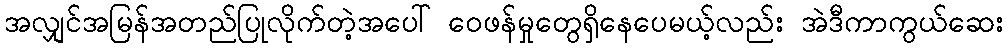
အလျှင်အမြန်အတည်ပြုလိုက်တဲ့အပေါ် ဝေဖန်မှုတွေရှိနေပေမယ့်လည်း အဲဒီကာကွယ်ဆေး